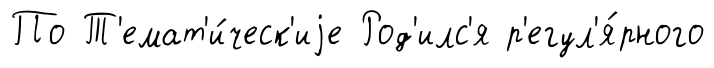
По Т'емат'и́ческ'иjе Род'илс'я р'егул'я́рного